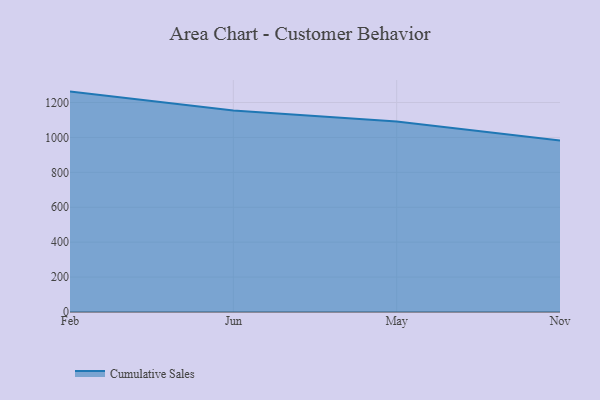
{"axis": {"x": "Month", "y": "Production Output"}, "legend": ["Cumulative Sales"], "data": [{"x": "Feb", "y": 1262.5, "type": "Cumulative Sales"}, {"x": "Jun", "y": 1154.5, "type": "Cumulative Sales"}, {"x": "May", "y": 1091.2, "type": "Cumulative Sales"}, {"x": "Nov", "y": 982.6, "type": "Cumulative Sales"}]}